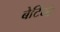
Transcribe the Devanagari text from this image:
बेटियाें